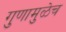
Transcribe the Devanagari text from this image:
गुणामुळेच